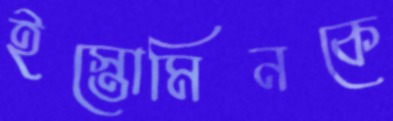
ইস্তোমিনকে